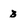
Character: 3